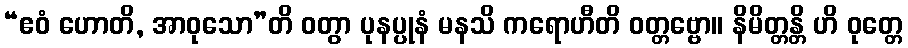
“ဧဝံ ဟောတိ, အာဝုသော”တိ ဝတွာ ပုနပ္ပုနံ မနသိ ကရောဟီတိ ဝတ္တဗ္ဗော။ နိမိတ္တန္တိ ဟိ ဝုတ္တေ